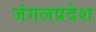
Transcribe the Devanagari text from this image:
जंगलप्रदेश